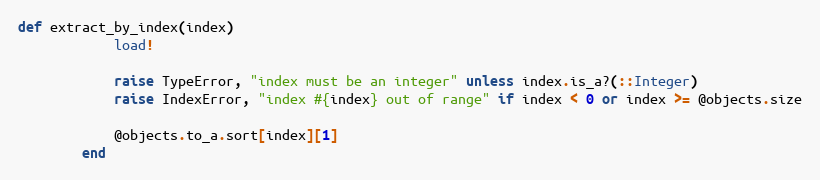
Language: Ruby
def extract_by_index(index)
            load!

            raise TypeError, "index must be an integer" unless index.is_a?(::Integer)
            raise IndexError, "index #{index} out of range" if index < 0 or index >= @objects.size

            @objects.to_a.sort[index][1]
        end